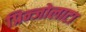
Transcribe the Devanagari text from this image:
प्रिन्जोलाटा